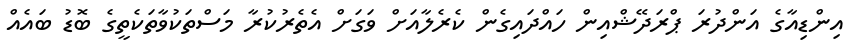
އިންޑިއާގެ އަންދުރަ ޕްރަދޭޝްއިން ހައްދައިގެން ކެރެލާއަށް ވަގަށް އެތެރުކުރާ މަސްތަކުވާތަކެތީގެ ބޮޑު ބައެއް